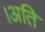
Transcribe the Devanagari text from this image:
।अति